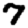
Digit: 7